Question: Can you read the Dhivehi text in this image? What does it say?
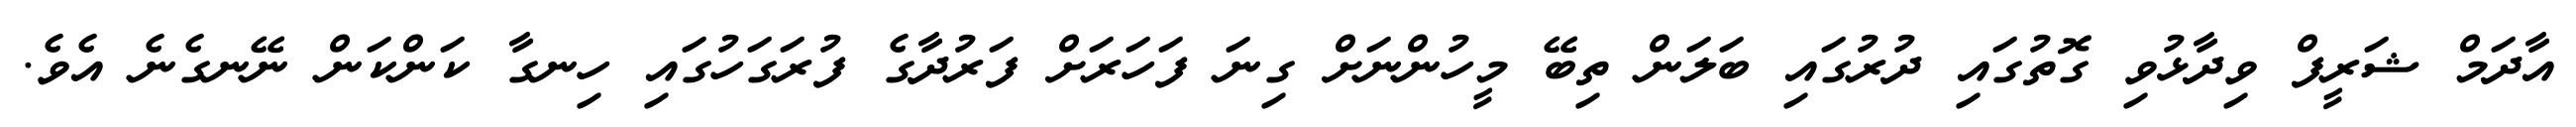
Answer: އާދަމް ޝަރީފް ވިދާޅުވި ގޮތުގައި ދުރުގައި ބަލަން ތިބޭ މީހުންނަށް ގިނަ ފަހަރަށް ފަރުދާގެ ފުރަގަހުގައި ހިނގާ ކަންކަން ނޭނގެނެ އެވެ.